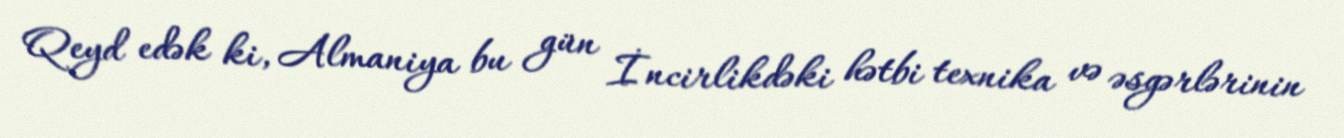
Qeyd edək ki, Almaniya bu gün İncirlikdəki hətbi texnika və əsgərlərinin